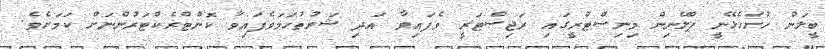
ބީލަން ހުށަހެޅޭނީ ޕްލޭނިން މިނިސްޓްރީގައި ރަޖިސްޓަރީ ވެފައިވާ އަދި ޝަރުތުހަމަވެފައިވާ ކޮންޓްރެކްޓަރުންނަށް ކަމަށެވެ.